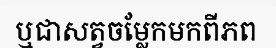
ឬជាសត្វចម្លែកមកពីភព